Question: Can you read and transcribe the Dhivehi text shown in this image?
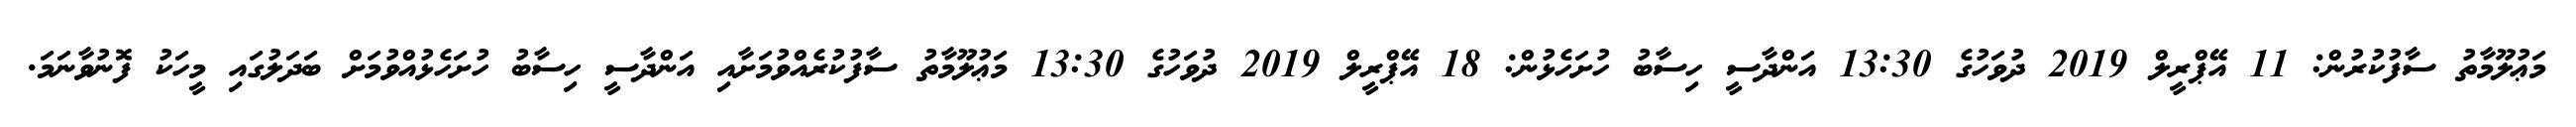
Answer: މަޢުލޫމާތު ސާފުކުރުން: 11 އޭޕްރީލް 2019 ދުވަހުގެ 13:30 އަންދާސީ ހިސާބު ހުށަހެޅުން: 18 އޭޕްރީލް 2019 ދުވަހުގެ 13:30 މަޢުލޫމާތު ސާފުކުރެއްވުމަށާއި އަންދާސީ ހިސާބު ހުށަހެޅުއްވުމަށް ބަދަލުގައި މީހަކު ފޮނުވާނަމަ.